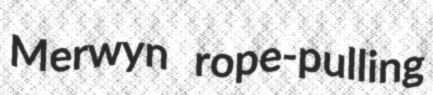
Merwyn rope-pulling